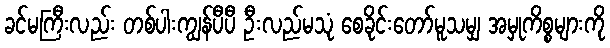
ခင်မကြီးလည်း တစ်ပါးကျွန်ပီပီ ဦးလည်မသုံ စေခိုင်းတော်မူသမျှ အမှုကိစ္စများကို